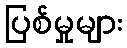
ပြစ်မှုများ